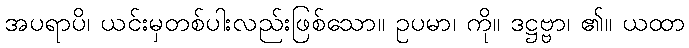
အပရာပိ၊ ယင်းမှတစ်ပါးလည်းဖြစ်သော။ ဥပမာ၊ ကို။ ဒဋ္ဌဗ္ဗာ၊ ၏။ ယထာ